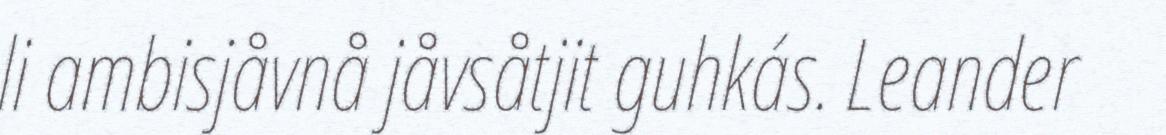
li ambisjåvnå jåvsåtjit guhkás. Leander